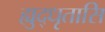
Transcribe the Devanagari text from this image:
ह्युद्धृतासि